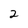
Character: 2